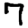
Digit: 7